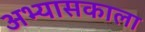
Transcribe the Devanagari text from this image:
अभ्यासकाला